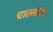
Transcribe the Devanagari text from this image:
चाल्नीले